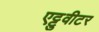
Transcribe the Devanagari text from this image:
एट्टुवीटर